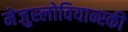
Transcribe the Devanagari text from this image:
मेजुस्लोवियान्स्की